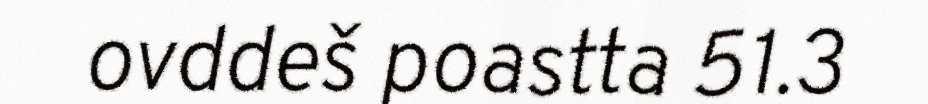
ovddeš poastta 51.3